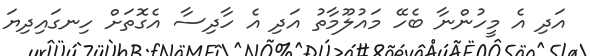
އަދި އެ މީހުންނާ ބެހޭ މައުލޫމާތު އަދި އެ ހާދިސާ އެގޮތަށް ހިނގައިދިޔަ